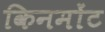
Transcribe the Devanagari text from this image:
किनमोंट